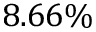
8 . 6 6 \%